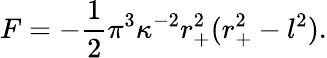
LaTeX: F=-\frac{1}{2}\pi^{3}\kappa^{-2}r_{+}^{2}(r_{+}^{2}-l^{2}).